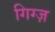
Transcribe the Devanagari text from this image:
गिग्ज़